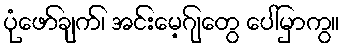
ပုံဖော်ချက်၊ အင်းမေ့ဂျ်တွေ ပေါ်မှာကွ။